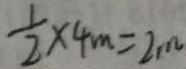
\frac { 1 } { 2 } \times 4 m = 2 m